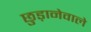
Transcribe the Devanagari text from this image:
छुड़ानेवाले